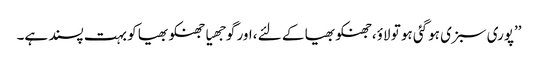
’’پوری سبزی ہوگئی ہو تو لاؤ،جھنکو بھیا کے لئے ،اور گوجھیا جھنکو بھیا کو بہت پسند ہے۔